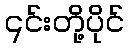
၎င်းတို့ပိုင်